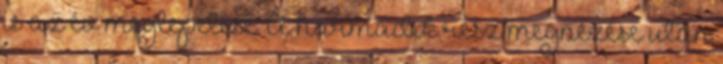
is az év meglepetése. A harmadik rész megnézése után